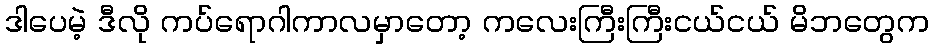
ဒါပေမဲ့ ဒီလို ကပ်ရောဂါကာလမှာတော့ ကလေးကြီးကြီးငယ်ငယ် မိဘတွေက